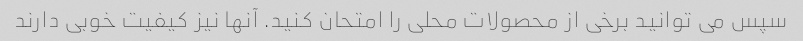
سپس می توانید برخی از محصولات محلی را امتحان کنید. آنها نیز کیفیت خوبی دارند